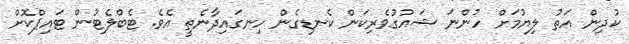
ކުދިން އަތު ލިޔުމަށް ހުންނަ ޝައުގުވެރިކަން ކެނޑިގެން ހިނގައިދާނެތީ އެވެ. ޓެބްލެޓުން ޓައިޕްކޮށް